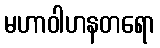
မဟာဝါဟနတရော